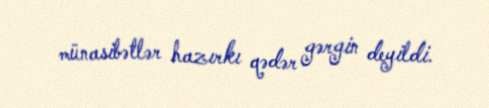
münasibətlər hazırkı qədər gərgin deyildi.